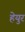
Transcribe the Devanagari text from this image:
हेयुर